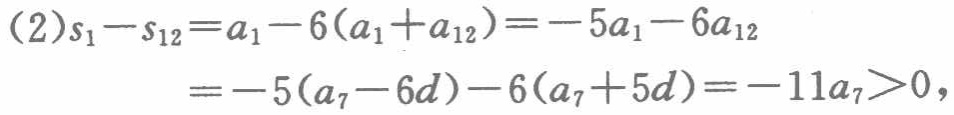
\[(2)s_{1}-s_{12}=a_{1}-6(a_{1}+a_{12})=-5a_{1}-6a_{12}\\=-5(a_{7}-6d)-6(a_{7}+5d)=-11a_{7}>0,\]